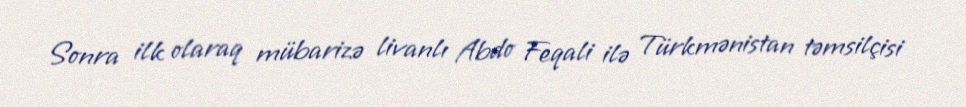
Sonra ilk olaraq mübarizə livanlı Abdo Feqali ilə Türkmənistan təmsilçisi